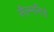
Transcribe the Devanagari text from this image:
सैल्मनिडे